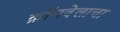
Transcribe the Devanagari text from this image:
क्रॉमवेलाचा